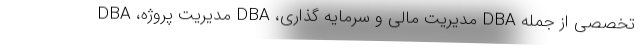
تخصصی از جمله DBA مدیریت مالی و سرمایه گذاری، DBA مدیریت پروژه، DBA